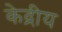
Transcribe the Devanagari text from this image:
केद्रीय